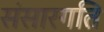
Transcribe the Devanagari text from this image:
संसारगति